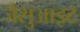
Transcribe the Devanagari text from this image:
जैसुआइट